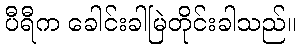
ပီရီက ခေါင်းခါမြဲတိုင်းခါသည်။